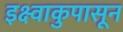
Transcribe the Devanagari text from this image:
इक्ष्वाकुपासून